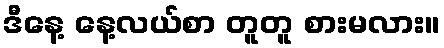
ဒီနေ့ နေ့လယ်စာ တူတူ စားမလား။